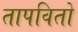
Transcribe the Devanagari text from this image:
तापवितो